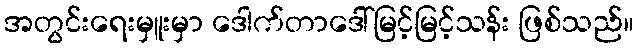
အတွင်းရေးမှူးမှာ ဒေါက်တာဒေါ်မြင့်မြင့်သန်း ဖြစ်သည်။